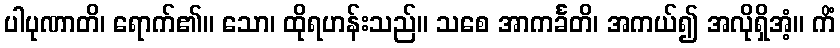
ပါပုဏာတိ၊ ရောက်၏။ သော၊ ထိုရဟန်းသည်။ သစေ အာကင်္ခတိ၊ အကယ်၍ အလိုရှိအံ့။ ကိံ